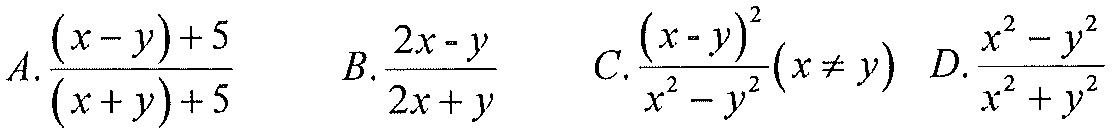
\(A.\frac{(x - y)+5}{(x + y)+5}\)  \(B.\frac{2x - y}{2x + y}\)  \(C.\frac{(x - y)^2}{x^{2}-y^{2}}(x\neq y)\)  \(D.\frac{x^{2}-y^{2}}{x^{2}+y^{2}}\)